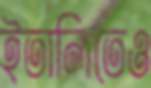
ইতালিতেও